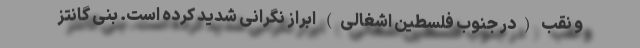
و نقب (در جنوب فلسطین اشغالی) ابراز نگرانی شدید کرده است. بنی گانتز